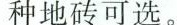
种地砖可选。